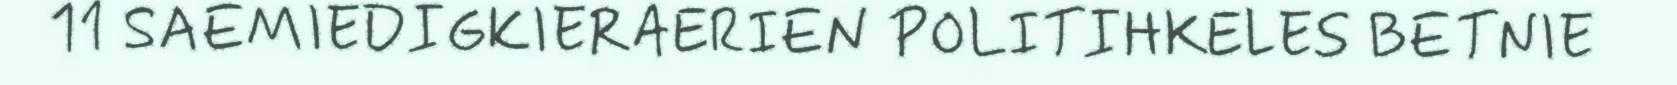
11 SAEMIEDIGKIERAERIEN POLITIHKELES BETNIE